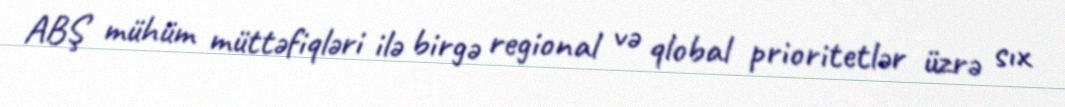
ABŞ mühüm müttəfiqləri ilə birgə regional və qlobal prioritetlər üzrə sıx